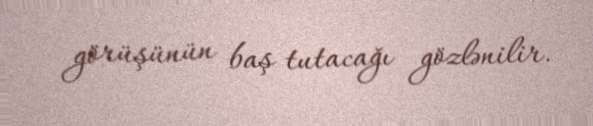
görüşünün baş tutacağı gözlənilir.